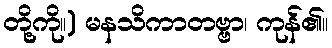
တို့ကို။) မနသိကာတဗ္ဗာ၊ ကုန်၏။